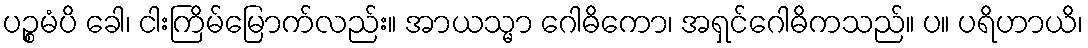
ပဉ္စမံပိ ခေါ၊ ငါးကြိမ်မြောက်လည်း။ အာယသ္မာ ဂေါဓိကော၊ အရှင်ဂေါဓိကသည်။ ပ။ ပရိဟာယိ၊